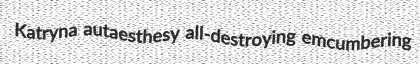
Katryna autaesthesy all-destroying emcumbering